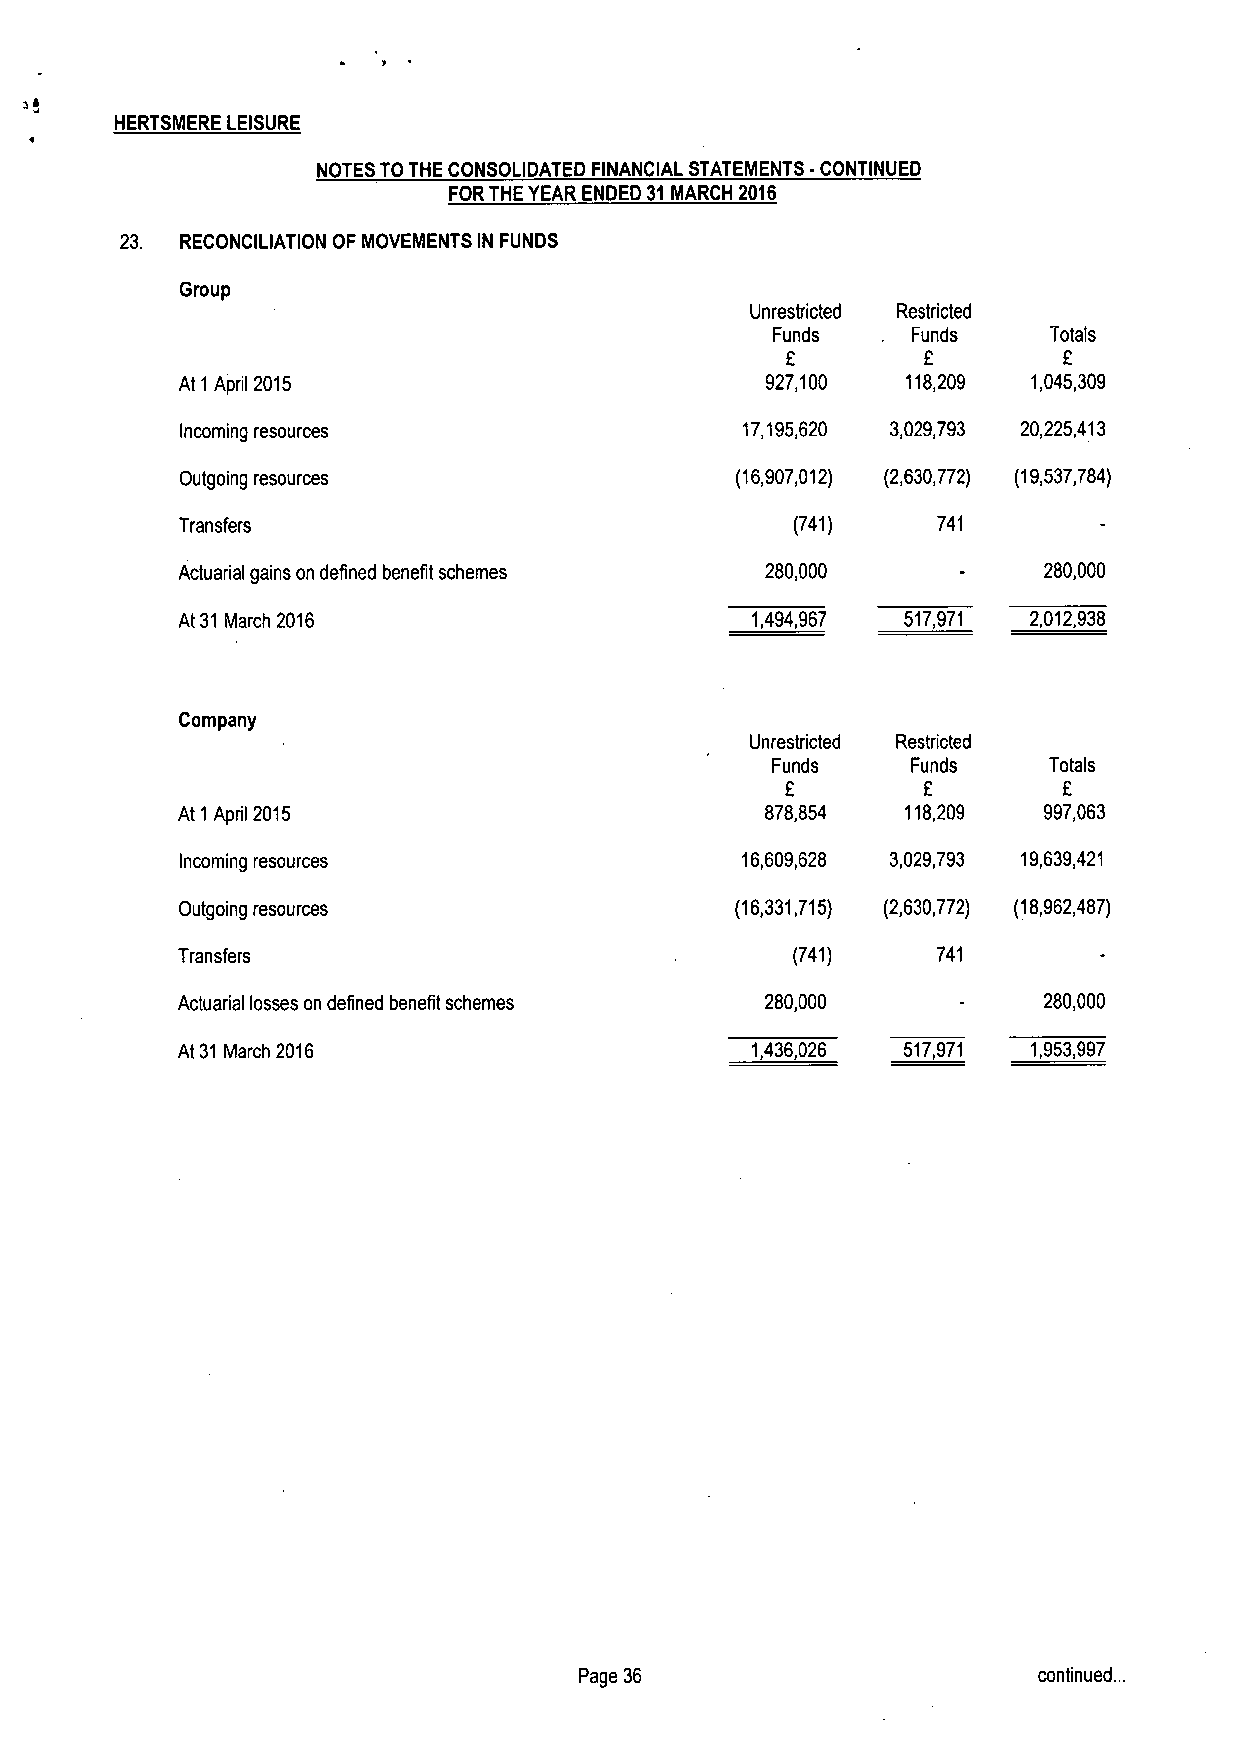
HERTSMERE LEISURE
 NOTES TOTHE CONSOLIDATED FINANCIAL STATEMENTS -CONTINUED
 FORTHE YEAR ENDED 31MARCH 2016
 23. RECONCILIATION OF MOVEMENTS IN FUNDS
 Group
 Unrestricted Restricted
 Funds    Funds    Totals
 F
 At 1 April 2015                        927,100  118,209 1,045,309
 Incoming resources                   17,195,620 3,029,793 20,225,413
 Outgoing resources                   (16,907,012) (2,630,772) (19,537,784)
 Transfers                                (741)    741
 Actuarial gains on defined benefit schemes 280,000       280,000
 At 31 March 2016                      1,494,967 517,971 2,012,938
 Company
 Unrestricted Restricted
 Funds    Funds    Totals
 f
 E        E
 At 1 April 2015                        878,854  118,209  997,063
 Incoming resources                   16,609,628 3,029,793 19,639,421
 Outgoing resources                   (16,331,715) (2,630,772) (18,962,487)
 Transfers                                (741)    741
 Actuarial losses on defined benefit schemes 280,000      280,000
 At 31 March 2016                      1,436,026 517,971 1,953,997
 Page 36                        continued. ..